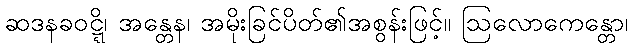
ဆဒနခဝဋ္ဋိ၊ အန္တေန၊ အမိုးခြင်ပိတ်၏အစွန်းဖြင့်။ ဩလောကေန္တော၊